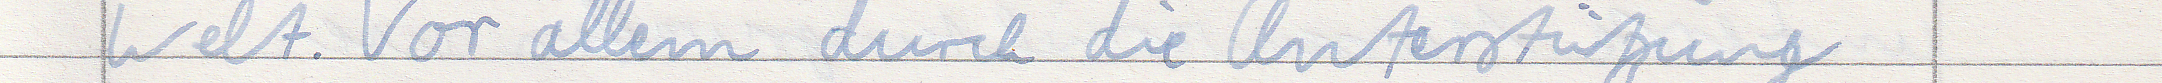
Welt. Vor allem durch die Unterstützung